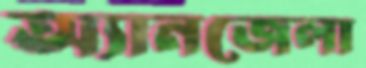
অ্যানজেলা